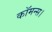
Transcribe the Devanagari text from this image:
कॉमन्स।